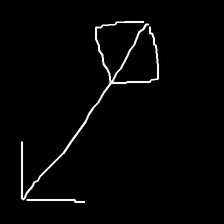
Glyph: focus